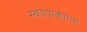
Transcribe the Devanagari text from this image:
स्वयंपाक्याला